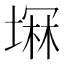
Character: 𫮚